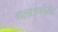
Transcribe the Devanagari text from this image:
गलाइफोसेट